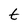
Character: t